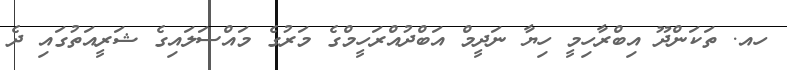
ހއ. ތަކަންދޫ އިބްރާހިމީ ހިޔާ ނަދީމް އަބްދުއްރަހީމްގެ މަރުގެ މައްސަލައިގެ ޝަރީއަތުގައި ދެ